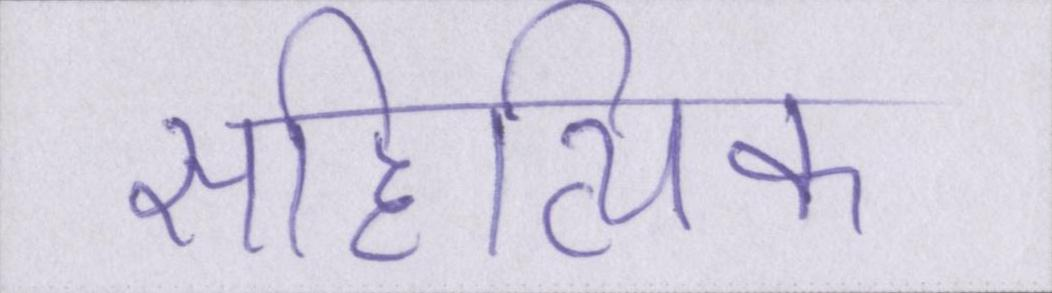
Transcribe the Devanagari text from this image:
साहित्यिक